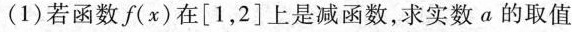
(1)若函数f(x)在\left[1，2\right]上是减函数，求实数a的取值